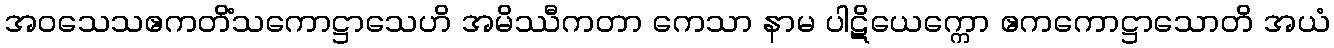
အဝသေသဧကတိံသကောဋ္ဌာသေဟိ အမိဿီကတာ ကေသာ နာမ ပါဋိယေက္ကော ဧကကောဋ္ဌာသောတိ အယံ